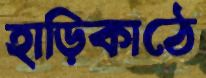
হাড়িকাঠে